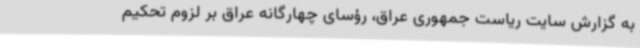
به گزارش سایت ریاست جمهوری عراق، رؤسای چهارگانه عراق بر لزوم تحکیم